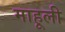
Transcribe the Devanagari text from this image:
माहूली